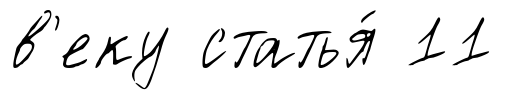
в'еку статья́ 11